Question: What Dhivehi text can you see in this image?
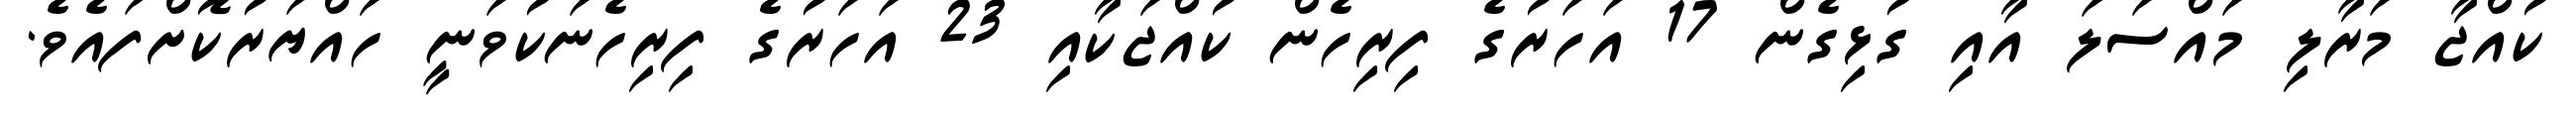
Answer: ކުއްޖާ މަރާލި މައްސަލަ އާއި ގުޅިގެން 17 އަހަރުގެ ފިރިހެން ކުއްޖަކާއި 23 އަހަރުގެ ފިރިހެނަކުވަނީ ހައްޔަރުކޮށްފައެވެ.